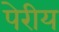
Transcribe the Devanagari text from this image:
पेरीय